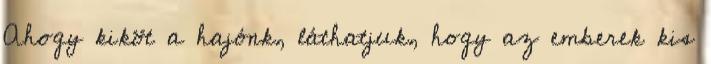
Ahogy kiköt a hajónk, láthatjuk, hogy az emberek kis